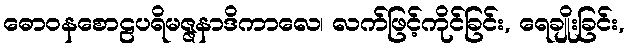
ဓောဝနစောဠပရိမဇ္ဇနာဒိကာလေ၊ လက်ဖြင့်ကိုင်ခြင်း, ရေချိုးခြင်း,